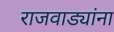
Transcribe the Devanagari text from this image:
राजवाड्यांना